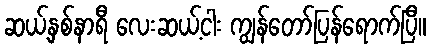
ဆယ့်နှစ်နာရီ လေးဆယ့်ငါး ကျွန်တော်ပြန်ရောက်ပြီ။